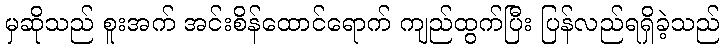
မှဆိုသည် စူးအက် အင်းစိန်ထောင်ရောက် ကျည်ထွက်ပြီး ပြန်လည်ရရှိခဲ့သည်